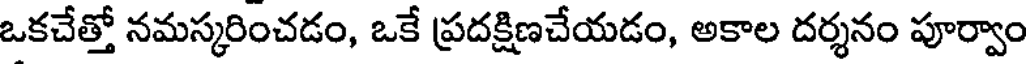
ఒకచేత్తో నమస్కరించడం, ఒకే ప్రదక్షిణచేయడం, అకాల దర్శనం పూర్వాం